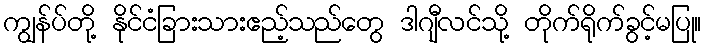
ကျွန်ပ်တို့ နိုင်ငံခြားသားဧည့်သည်တွေ ဒါဂျီလင်သို့ တိုက်ရိုက်ခွင့်မပြု။